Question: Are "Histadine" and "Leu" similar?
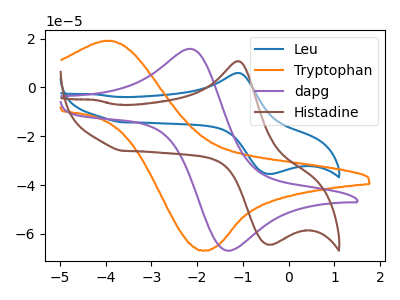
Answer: <think>The blue curve "Leu" has an anodic peak at (-1.10V, 5.90uA) and a cathodic peak at (-0.35V, -35.45uA). The orange curve "Tryptophan" has an anodic peak at (-3.85V, 19.00uA) and a cathodic peak at (-1.85V, -66.85uA). The purple curve "dapg" has an anodic peak at (-2.10V, 15.60uA) and a cathodic peak at (-1.35V, -66.90uA). The brown curve "Histadine" has an anodic peak at (-1.10V, 10.70uA) and a cathodic peak at (-0.35V, -64.40uA).
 All the peaks in "Histadine" have a peak in "Leu" at the same potential. Every peak in "Histadine" is higher than every peak in "Leu".</think>
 <answer>"Histadine" and "Leu" are similar in shape.</answer>
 <eval>same_shape</eval>